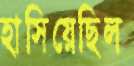
হাসিয়েছিল